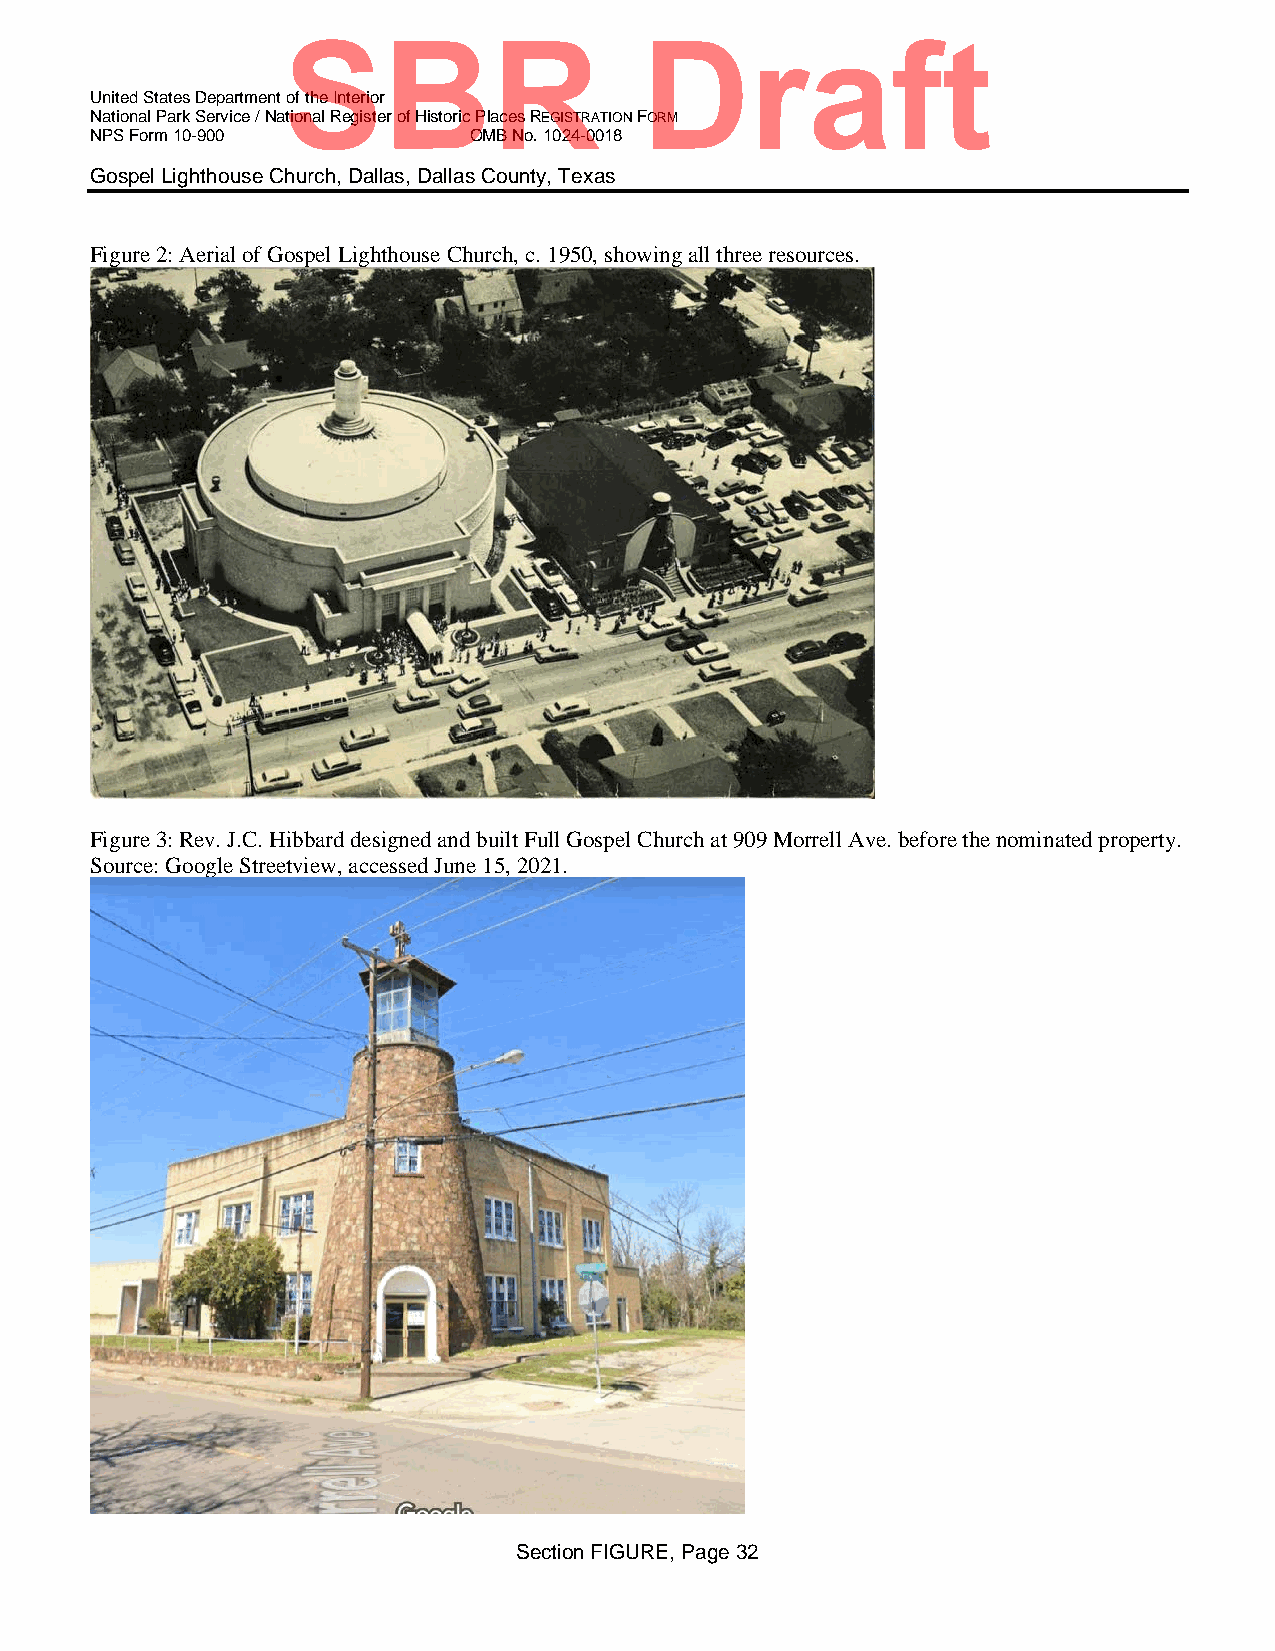
SBR                    Draft
 United States Department of the Interior
 National Park Service / National Register of Historic Places REGISTRATION FORM
 NPS Form 10-900          OMB No. 1024-0018
 Gospel Lighthouse Church, Dallas, Dallas County, Texas
 Figure 2: Aerial of Gospel Lighthouse Church, c. 1950, showing all three resources.
 Figure 3: Rev. J.C. Hibbard designed and built Full Gospel Church at 909 Morrell Ave. before the nominated property.
 Source: Google Streetview, accessed June 15, 2021.
 Section FIGURE, Page 32